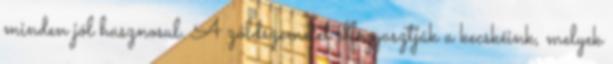
minden jól hasznosul. A zöldszemetet elfogyasztják a kecskéink, melyek